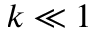
k \ll 1